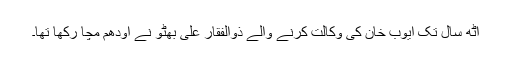
آٹھ سال تک ایوب خان کی وکالت کرنے والے ذوالفقار علی بھٹو نے اودھم مچا رکھا تھا۔